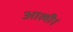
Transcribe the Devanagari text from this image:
आली।